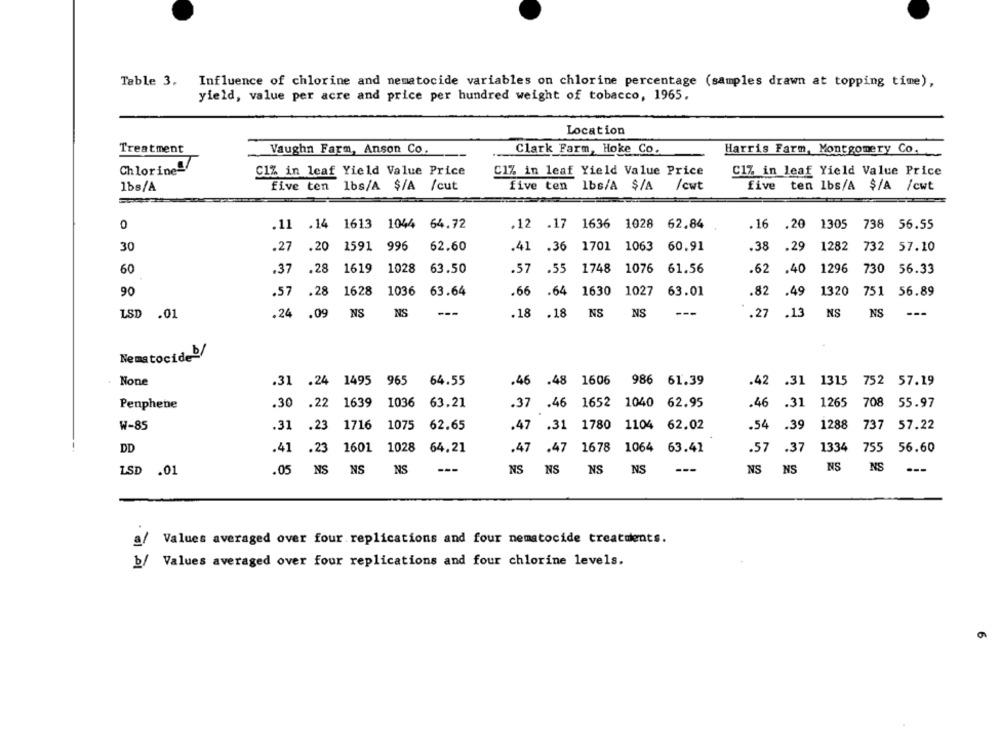
Table 3. Influence of chlorine and nematocide variables on chlorine percentage (samples drawn at topping time),
yield, value per acre and price per hundred weight of tobacco, 1965,
Location
Treatment
Vaughn Farm, Anson Co.
Clark Farm, Hoke Co.
Harris Farm, Montgomery Co.
Chlorine-
C1% in leaf Yield Value Price
C1% in leaf Yield Value Price
C17 in leaf Yield Value Price
1bs/A
five ten lbs/A $/A /cut
five ten lbs/A $/A /cwt
five ten lbs/A $/A /cwt
0
.11 .14 1613 1044
64.72
.12 .17 1636 1028 62.84
12 .17
1028
.16 .20 1305 738 56.55
.16
.20
738 56.55
30
.27
.20
1591
996
62.60
.41
.41 .36 1701 1063 60.91
.38
.29
1282
732
57.10
60
.37
.28
1619
1028
63.50
.57
.57 .55
.55
1748 1076
1748
1076
61.56
.62
.40
1296
730 56.33
90
.57 .28
1628
1036 63.64
.66
.64
1630
1027
63.01
.82
.49
1320
751 56.89
LSD
.01
.24 .09
NS
NS
---
.18
.18
NS
NS
---
.27
.13
NS
NS
---
Nematocideb
.31 .24 1495 965 64.55
.46
.48
.48 1606
986 61.39
.42 .31 1315
752 57.19
Penphene
.30
.30 .22 1639 1036 63.21
63.21
.37 .46
1652 1040 62.95
62.95
.46 .31 1265 708
708 55.97
W-85
.31
.31 .23 1716 1075 62.65
.23
1075
.47
.31 1780
1104 62.02
1104
.54 .39 1288 737 57.22
737 57.22
DD
.41 .23
1601 1028
64.21
.47 .47
1678
1064 63.41
.57 .37 1334 755 56.60
LSD
.01
.05
NS
NS
NS
---
NS
NS
NS
NS
---
NS
NS
NS NS
Values averaged over four replications and four nematocide treatments.
al
b/ Values averaged over four replications and four chlorine levels.